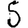
Digit: 5